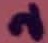
Text: 2